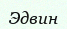
Эдвин